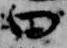
曰